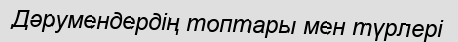
Дәрумендердің топтары мен түрлері